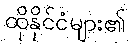
ထိုနိုင်ငံများ၏